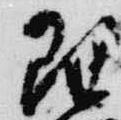
理